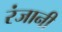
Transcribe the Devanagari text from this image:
रंजानी